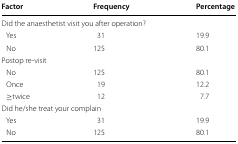
<table><thead><tr><td><b>Factor</b></td><td><b>Frequency</b></td><td><b>Percentage</b></td></tr></thead><tbody><tr><td colspan="3">Did the anaesthetist visit you after operation?</td></tr><tr><td> Yes</td><td>31</td><td>19.9</td></tr><tr><td> No</td><td>125</td><td>80.1</td></tr><tr><td colspan="3">Postop re-visit</td></tr><tr><td> No</td><td>125</td><td>80.1</td></tr><tr><td> Once</td><td>19</td><td>12.2</td></tr><tr><td> ≥twice</td><td>12</td><td>7.7</td></tr><tr><td colspan="3">Did he/she treat your complain</td></tr><tr><td> Yes</td><td>31</td><td>19.9</td></tr><tr><td> No</td><td>125</td><td>80.1</td></tr></tbody></table>